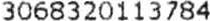
3068320113784